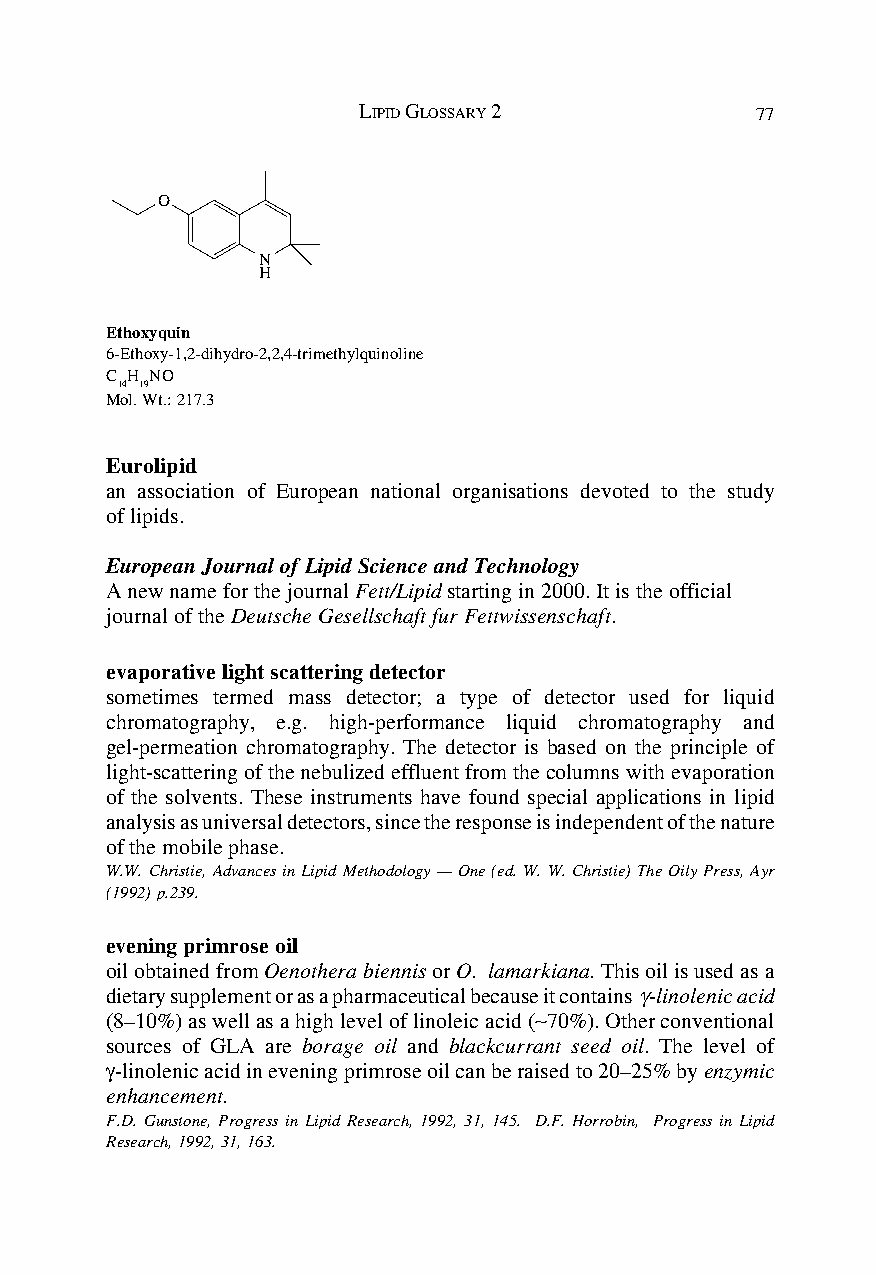
LIPID GLOSSARY 2          77
 O
 N
 H
 Ethoxyquin
 6-Ethoxy-1,2-dihydro-2,2,4-trimethylquinoline
 C H NO
 14 19
 Mol. Wt.: 217.3
 Eurolipid
 an association of European national organisations devoted to the study
 of lipids.
 European Journal of Lipid Science and Technology
 A new name for the journal Fett/Lipid starting in 2000. It is the official
 journal of the Deutsche Gesellschaft fur Fettwissenschaft.
 evaporative light scattering detector
 sometimes termed mass detector; a type of detector used for liquid
 chromatography, e.g. high-performance liquid chromatography and
 gel-permeation chromatography. The detector is based on the principle of
 light-scattering of the nebulized effluent from the columns with evaporation
 of the solvents. These instruments have found special applications in lipid
 analysis as universal detectors, since the response is independent of the nature
 of the mobile phase.
 W.W. Christie, Advances in Lipid Methodology — One (ed. W. W. Christie) The Oily Press, Ayr
 (1992) p.239.
 evening primrose oil
 oil obtained from Oenothera biennis or O. lamarkiana. This oil is used as a
 dietary supplement or as a pharmaceutical because it contains γ-linolenic acid
 (8–10%) as well as a high level of linoleic acid (∼70%). Other conventional
 sources of GLA are borage oil and blackcurrant seed oil. The level of
 γ-linolenic acid in evening primrose oil can be raised to 20–25% by enzymic
 enhancement.
 F.D. Gunstone, Progress in Lipid Research, 1992, 31, 145. D.F. Horrobin, Progress in Lipid
 Research, 1992, 31, 163.